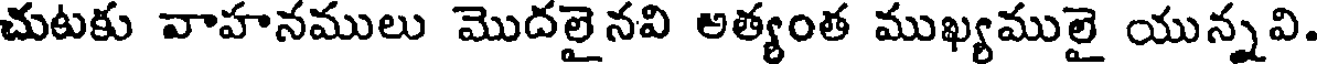
చుటకు వాహనములు మొదలైనవి అత్యంత ముఖ్యములై యున్నవి.